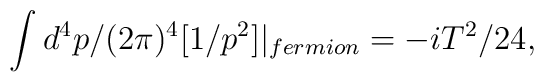
\int d^{4}p/(2\pi)^{4}[1/p^{2}]|_{fermion}=-iT^{2}/24,